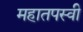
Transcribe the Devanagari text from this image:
महातपस्वी